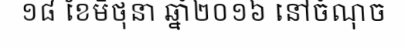
១៨ ខែមិថុនា ឆ្នាំ២០១៦ នៅចំណុច